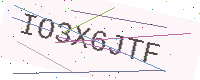
Text: IO3X6JTF